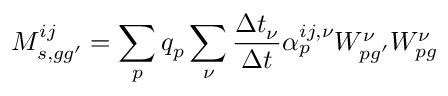
M _ { s , g g ^ { \prime } } ^ { i j } = \sum _ { p } q _ { p } \sum _ { \nu } \frac { \Delta t _ { \nu } } { \Delta t } { \alpha } _ { p } ^ { i j , \nu } W _ { p g ^ { \prime } } ^ { \nu } W _ { p g } ^ { \nu }